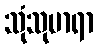
သုံသုမာရာ